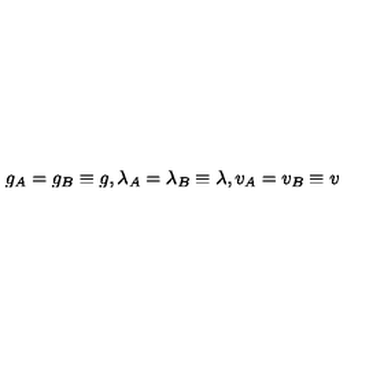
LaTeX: g _ { A } = g _ { B } \equiv g , \lambda _ { A } = \lambda _ { B } \equiv \lambda , v _ { A } = v _ { B } \equiv v